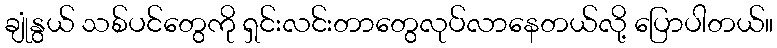
ချုံနွယ် သစ်ပင်တွေကို ရှင်းလင်းတာတွေလုပ်လာနေတယ်လို့ ပြောပါတယ်။